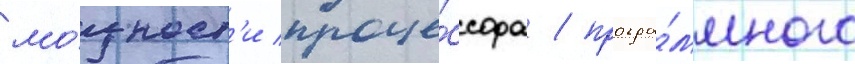
мо́щност'и проце́ссора / програ́ммного